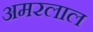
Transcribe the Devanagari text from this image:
अमरलाल